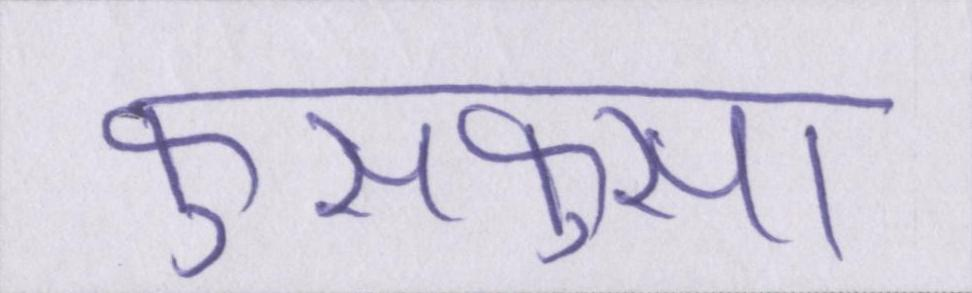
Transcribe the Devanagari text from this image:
फुसफुसा